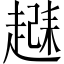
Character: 𬦗